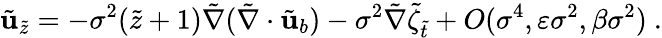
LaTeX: \tilde{\mathbf{u}}_{\tilde{z}}=-\sigma^{2}(\tilde{z}+1)\tilde{\nabla}(\tilde{\nabla}\cdot\tilde{\mathbf{u}}_{b})-\sigma^{2}\tilde{\nabla}\tilde{\zeta}_{\tilde{t}}+O(\sigma^{4},\varepsilon\sigma^{2},\beta\sigma^{2})\ .